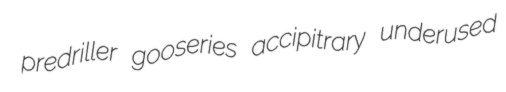
predriller gooseries accipitrary underused